Vabadussoja_Ajaloo_Komitee, lk 20
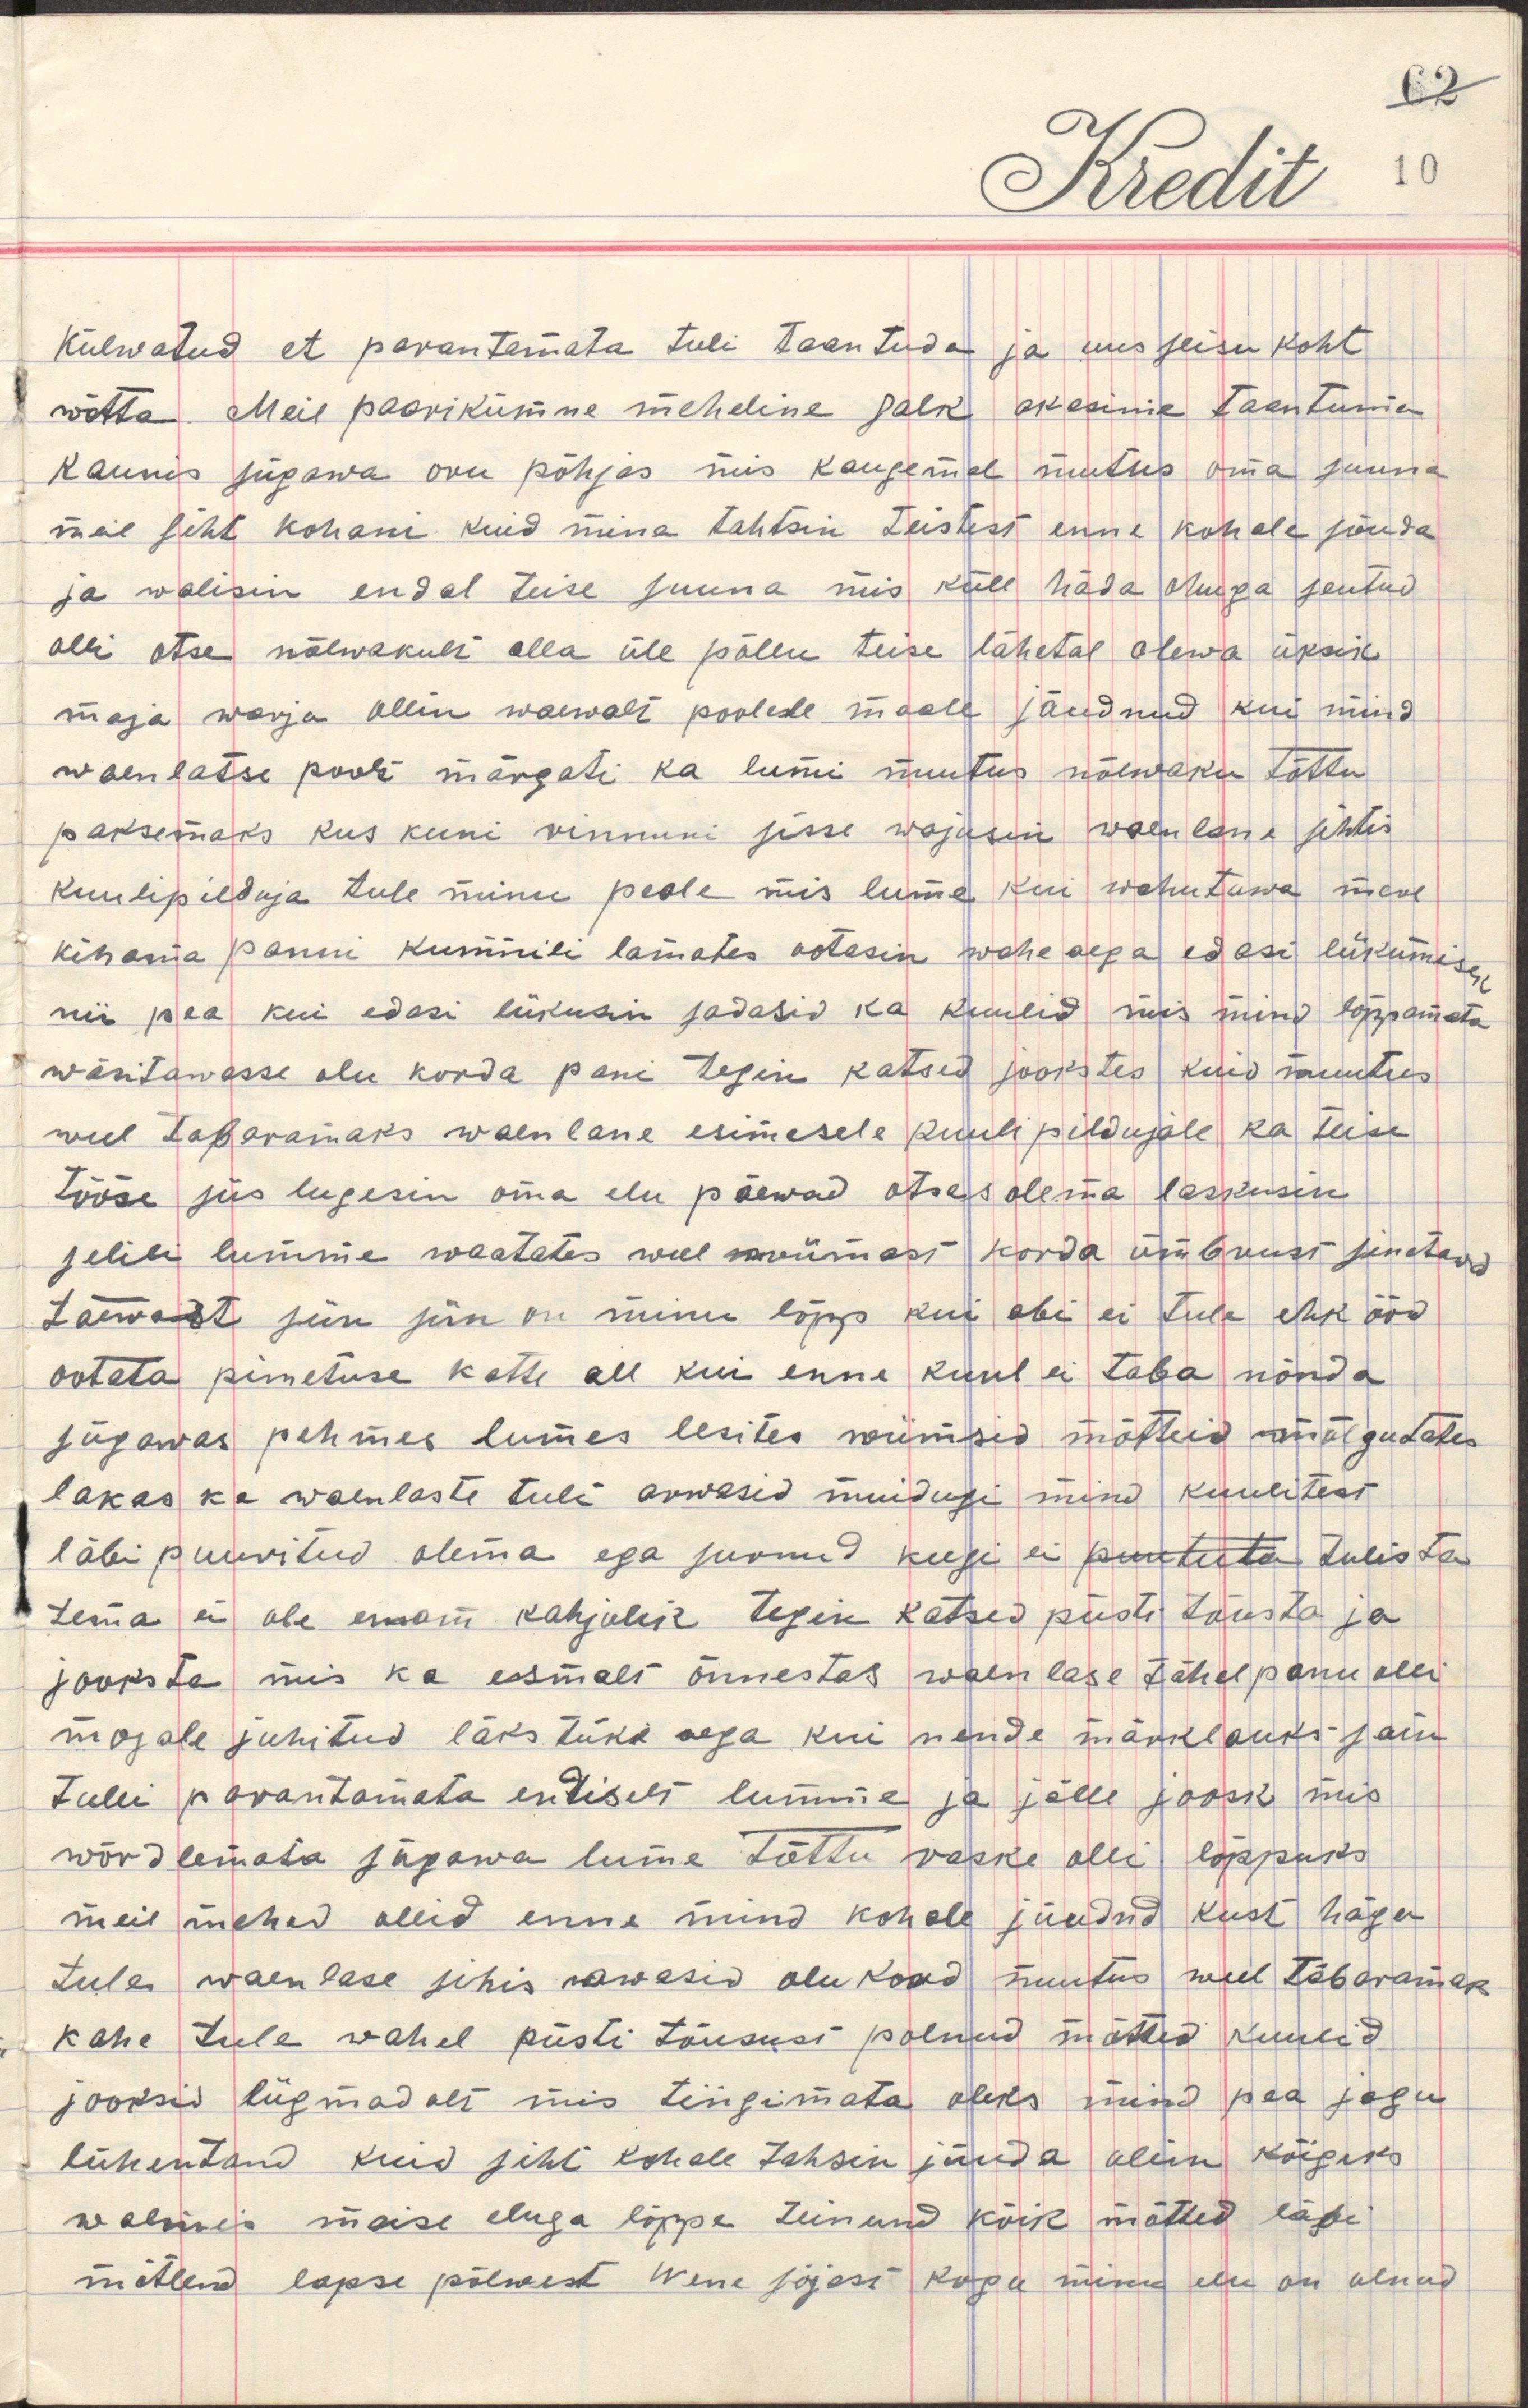
külwatud et parantamata tuli taantuda ja uus seisu koht
wõtta. Meie paarikümne meheline salk akasime taantuma
kaunis sügawa oru põhjas mis kaugemal muutus oma suuna
meie siht kohani kuid mina tahtsin teistest enne kohale jõuda
ja walisin endal teise suuna mis küll häda oluga seutud
olli otse nõlwakult alla üle põllu teise lähetal olewa üksik
maja warju ollin waewalt poolede mäele jõudnud kui mind
waenlatse poolt märgati ka lumi muutus nõlwaku tõttu
paksemaks kus kuni rinnuni sisse wajusin waenlane juhtis
kuulipilduja tule minu peale mis lume kui wahutuwa moel
kirama panni kummili lamates ootasin wahe aega edasi liikumiseks
nii pea kui edasi liikusin sadasid ka kuulid mis mind lõppmata
wäsitawasse olu korda pani tegin katsed jookstes kuid muutus
weel tabaramaks waenlane esimesele kuulipildujale ka teise
tööse siis lugesin oma elu päewad otsas olema laskusin
selili lumme waatates weel wiimast korda ümbrust sinetawad
taewast siin siin on minu lõpp kui abi ei tule ehk ööd
ooteta pimetuse katte all kui enne kuul ei taba mõnda 
sügawas pehmes lumes lesites wiimsid mõtteid mõlgutates
lakas ka waenlaste tuli arwasid muidugi mind kuulitest
läbipuuritud olema ega surnud keegi ei puututa tulista
tema ei ole enam kahjulik tegin katsed püsti tõusta ja
jooksta mis ka esmalt õnnestas waenlase tähelepanu olli
mujale juhitud läks tüki aega kui nende märklauks sain
tulli parantamata endiselt lumme ja jälle joosk mis
wõrdlemata sügawa lume tõttu raske olli lõppuks
meie mehed olli enne mind kohale jõudnd kus häge
tule waenlase sihis awasid olukord muutus weel täbaramaks
kahe tule wahel püsti tõusust polnud mõtted kuulid
jooksid liigmadalt mis tingimata oleks mind pea jagu
lühentand kuid siht kohale tahtsin jõuda olin kõigeks
walmis maise eluga lõppe teinund kõik mõtted läbi
mõtlend lapse põlwest Wene sõjast kogu minu elu on olnud